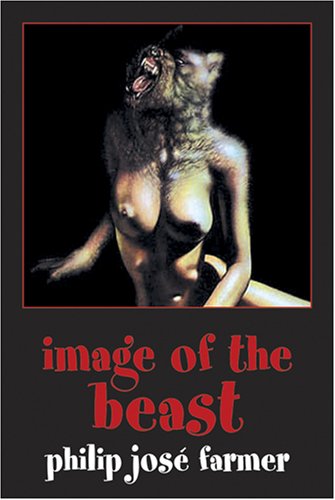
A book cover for Image of the Beast; Philip Jose Farmer; Romance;